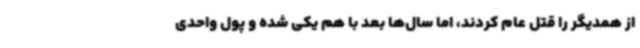
از همدیگر را قتل عام کردند، اما سال‌ها بعد با هم یکی شده و پول واحدی